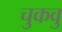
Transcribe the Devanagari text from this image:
चुकवु